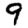
Digit: 9